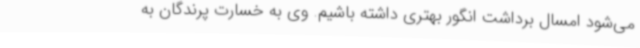
می‌شود امسال برداشت انگور بهتری داشته باشیم. وی به خسارت پرندگان به